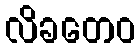
လိခတေဝ